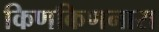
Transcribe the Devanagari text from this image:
किणकिणनारा